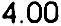
4.00